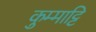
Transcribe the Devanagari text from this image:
कुम्माट्टि